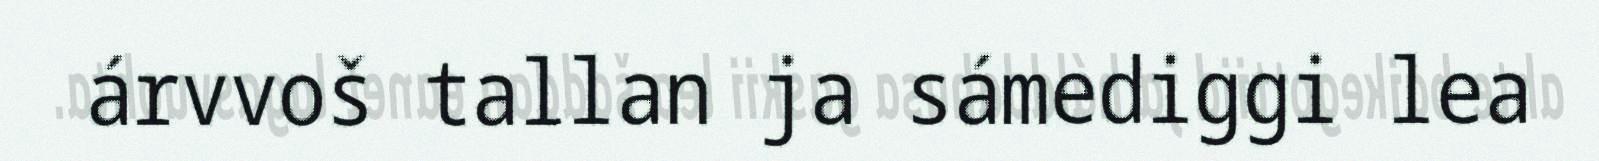
árvvoš tallan ja sámediggi lea